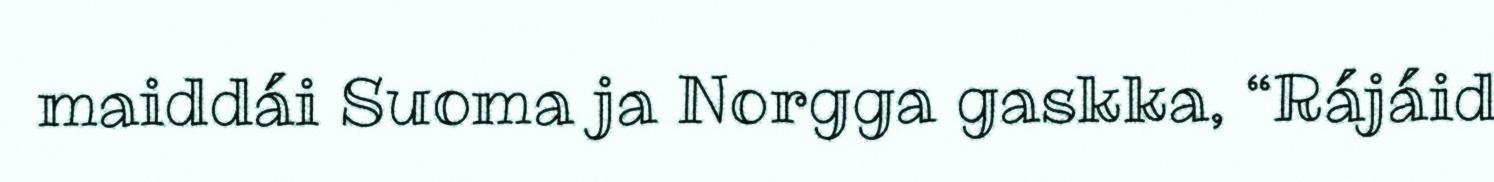
maiddái Suoma ja Norgga gaskka, “Rájáid